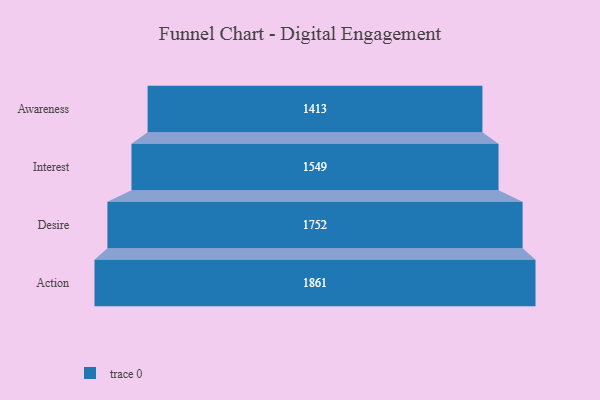
{"axis": {"x": "Stage", "y": "Value"}, "legend": [""], "data": [{"x": "Awareness", "y": 1413.0, "type": ""}, {"x": "Interest", "y": 1549.0, "type": ""}, {"x": "Desire", "y": 1752.0, "type": ""}, {"x": "Action", "y": 1861.0, "type": ""}]}